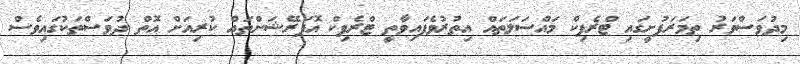
މިދުވަސްވަރު ތިމަރަފުށީގައި ޓްރެފިކް މައްސަލަތައް އިތުރުވެފައިވާތީ ޓްރެފިކް އޮޕަރޭޝަންތައް ކުރިއަށް އޮތް ދުވަސްތަކުގައިވެސް